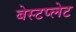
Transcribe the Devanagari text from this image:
बेस्टप्लेट